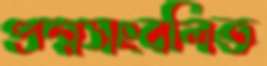
প্রশ্নসংবলিত